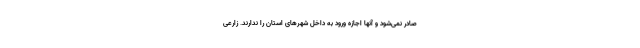
صادر نمی‌شود و آنها اجازه ورود به داخل شهرهای استان را ندارند. زارعی